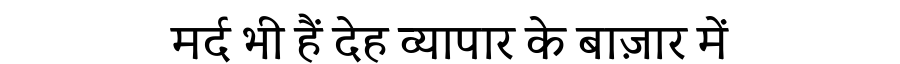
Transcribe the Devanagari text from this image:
मर्द भी हैं देह व्यापार के बाज़ार में